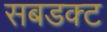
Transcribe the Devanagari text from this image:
सबडक्ट